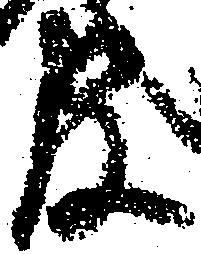
官